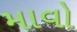
માવો